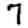
Digit: 7